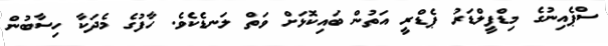
ސްޕެއިނުގެ މިޑްފީލްޑަރު ޕެޑްރީ އަތުން ބައިކޮޅަށް ވަތް ލަނޑެކެވެ. ހާފުގެ މެދަކާ ހިސާބުން